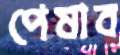
পেষাব